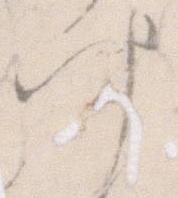
叶